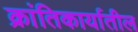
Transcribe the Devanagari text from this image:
क्रांतिकार्यातील